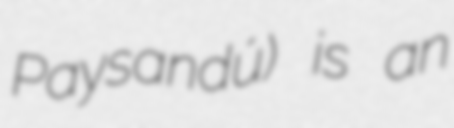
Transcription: Paysandú) is an